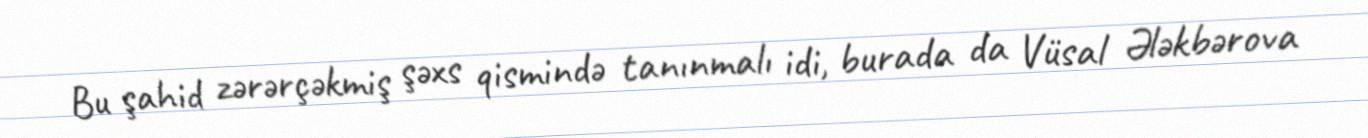
Bu şahid zərərçəkmiş şəxs qismində tanınmalı idi, burada da Vüsal Ələkbərova